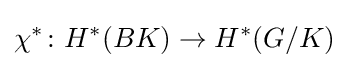
\chi ^{*}\colon H^{*}(BK)\to H^{*}(G/K)